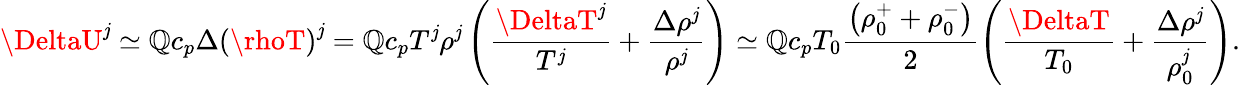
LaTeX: \DeltaU^{\mathit{j}}\simeq\mathbb{Q}c_{p}\Delta{\left(\rhoT\right)}^{\mathit{j}}=\mathbb{Q}c_{p}T^{\mathit{j}}\rho^{\mathit{j}}\left(\frac{{\DeltaT^{\mathit{j}}}}{{T^{\mathit{j}}}}+\frac{{\Delta\rho^{\mathit{j}}}}{{\rho^{\mathit{j}}}}\right)\simeq\mathbb{Q}c_{p}T_{0}\frac{{\left(\rho_{0}^{+}+\rho_{0}^{-}\right)}}{{2}}\left(\frac{{\DeltaT}}{{T_{0}}}+\frac{{\Delta\rho^{\mathit{j}}}}{{\rho_{0}^{\mathit{j}}}}\right).